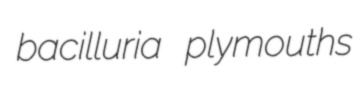
bacilluria plymouths